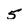
Character: 5